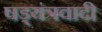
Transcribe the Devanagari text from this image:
षड्यंत्रवादी